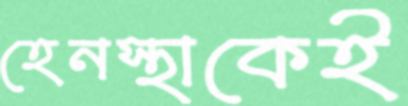
হেনস্থাকেই